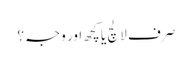
صرف لالچ یا کچھ اور وجہ؟